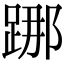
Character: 𨁌